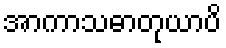
အာကာသဓာတုယာပိ